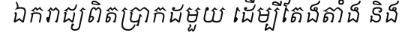
ឯករាជ្យពិតប្រាកដមួយ ដើម្បីតែងតាំង និង